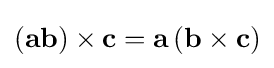
\left(\mathbf {ab} \right)\times \mathbf {c} =\mathbf {a} \left(\mathbf {b} \times \mathbf {c} \right)